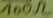
Text: 100Ω